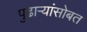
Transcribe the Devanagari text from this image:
पुढाऱ्यांसोबत